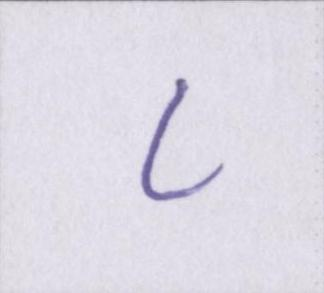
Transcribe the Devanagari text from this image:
८